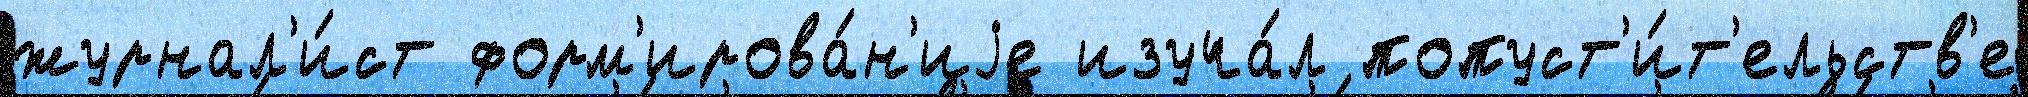
журнал'и́ст форм'ирова́н'иjе изуча́л попуст'и́т'ельств'е